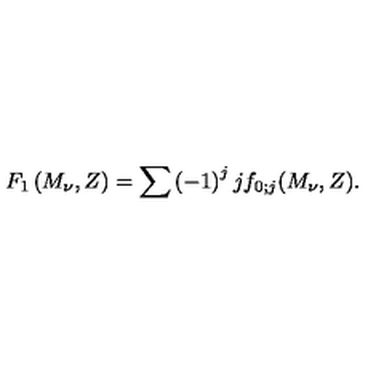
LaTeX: F _ { 1 } \left( M _ { \nu } , Z \right) = \sum \left( - 1 \right) ^ { j } j f _ { 0 ; j } ( M _ { \nu } , Z ) .